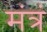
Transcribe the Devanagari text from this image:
मंत्रं